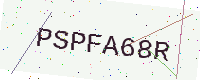
Text: PSPFA68R